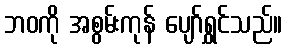
ဘဝကို အစွမ်းကုန် ပျော်ရွှင်သည်။